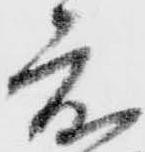
度